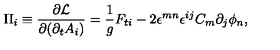
\Pi _ { i } \equiv { \frac { \partial { \cal L } } { \partial { ( \partial _ { t } A _ { i } ) } } } = { \frac { 1 } { g } } F _ { t i } - 2 \epsilon ^ { m n } \epsilon ^ { i j } C _ { m } \partial _ { j } \phi _ { n } ,